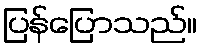
ပြန်ပြောသည်။